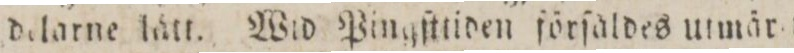
delarne lätt. Wid Pingſttiden förſaldes utmär t